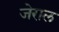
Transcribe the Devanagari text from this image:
जेराल